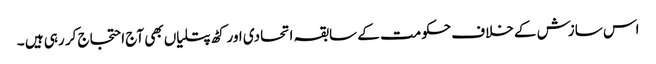
اس سازش کے خلاف حکومت کے سابقہ اتحادی اور کٹھ پتلیاں بھی آج احتجاج کر رہی ہیں ۔